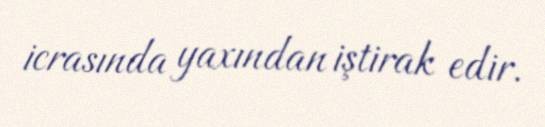
icrasında yaxından iştirak edir.